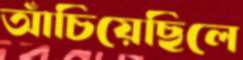
আঁচিয়েছিলে